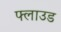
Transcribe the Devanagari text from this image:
फ्लाउड